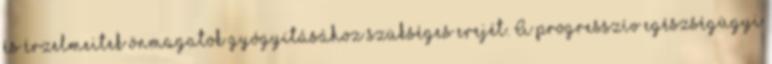
és érzelmeitek önmagatok gyógyításához szükséges erejét. A progresszív egészségügyi